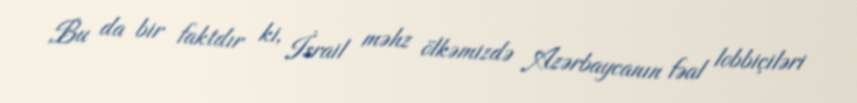
Bu da bir faktdır ki, İsrail məhz ölkəmizdə Azərbaycanın fəal lobbiçiləri